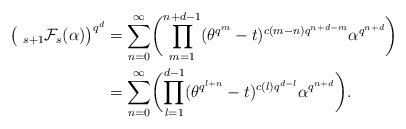
LaTeX: \begin{align*}\bigl(~_{s+1}\mathcal{F}_s(\alpha)\bigr)^{q^d}&=\sum_{n=0}^{\infty}\biggl(\prod_{m=1}^{n+d-1}(\theta^{q^m}-t)^{c(m-n)q^{n+d-m}}\alpha^{q^{n+d}}\biggr)\\ &=\sum_{n=0}^{\infty}\biggl(\prod_{l=1}^{d-1}(\theta^{q^{l+n}}-t)^{c(l)q^{d-l}}\alpha^{q^{n+d}}\biggr).\end{align*}